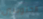
الجنوبيين